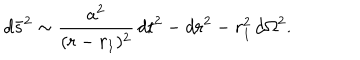
LaTeX: d \bar { s } ^ { 2 } \sim \frac { a ^ { 2 } } { ( r - r _ { 1 } ) ^ { 2 } } \, d t ^ { 2 } - d r ^ { 2 } - r _ { 1 } ^ { 2 } \, d \Omega ^ { 2 } .